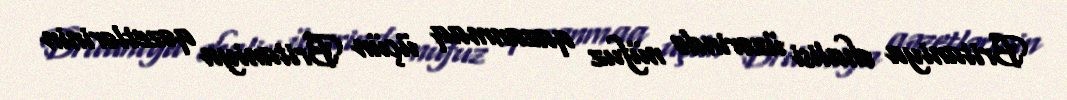
Britaniya əhalisi üzərində nüfuz qazanmaq üçün Britaniya qəzetlərinin